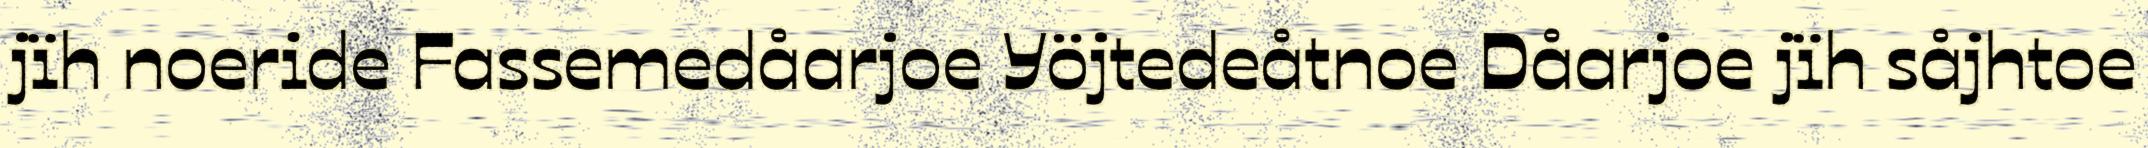
jïh noeride Fassemedåarjoe Yöjtedeåtnoe Dåarjoe jïh såjhtoe